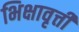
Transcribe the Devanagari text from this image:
भिक्षावृत्ती